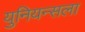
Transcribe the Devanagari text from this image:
युनियन्सला